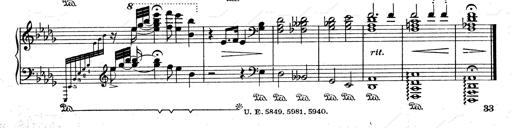
Title: 3 Ã‰tudes de concert
Composer: Franz Liszt